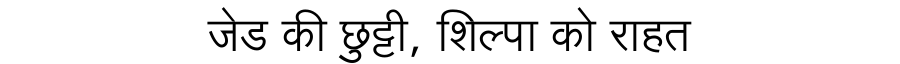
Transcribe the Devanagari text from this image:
जेड की छुट्टी, शिल्पा को राहत